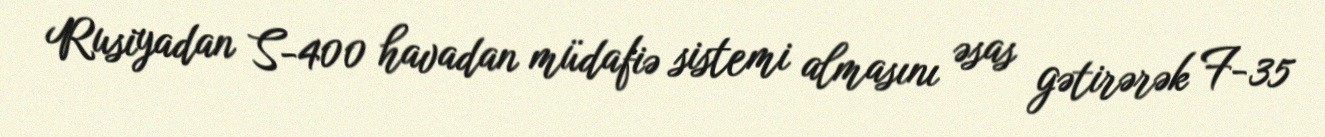
Rusiyadan S-400 havadan müdafiə sistemi almasını əsas gətirərək F-35